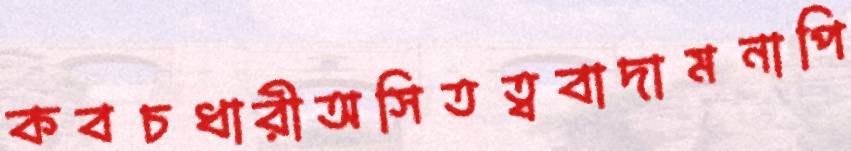
কবচধারীঅসিতত্ববাদামনাপি